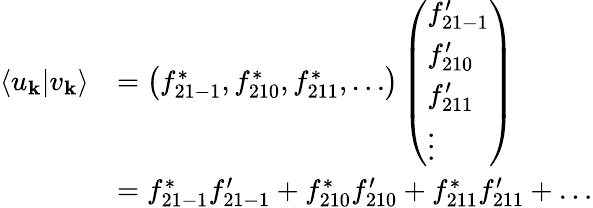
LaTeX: \begin{array}{rl}{\langle u_{\mathbf{k}}|v_{\mathbf{k}}\rangle}&{=\left(f_{21-1}^{*},f_{210}^{*},f_{211}^{*},\ldots\right)\left(\begin{array}{l}{f_{21-1}^{\prime}}\\ {f_{210}^{\prime}}\\ {f_{211}^{\prime}}\\ {\vdots}\end{array}\right)}\\ &{=f_{21-1}^{*}f_{21-1}^{\prime}+f_{210}^{*}f_{210}^{\prime}+f_{211}^{*}f_{211}^{\prime}+\ldots}\end{array}